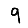
Digit: 9